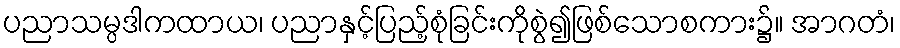
ပညာသမ္ပဒါကထာယ၊ ပညာနှင့်ပြည့်စုံခြင်းကိုစွဲ၍ဖြစ်သောစကား၌။ အာဂတံ၊